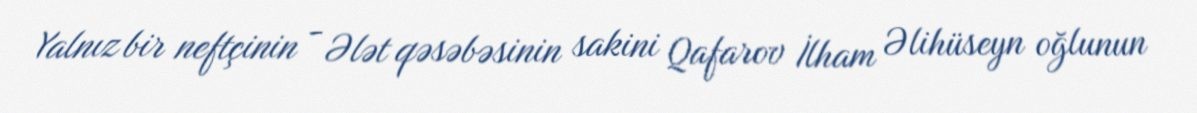
Yalnız bir neftçinin - Ələt qəsəbəsinin sakini Qafarov İlham Əlihüseyn oğlunun